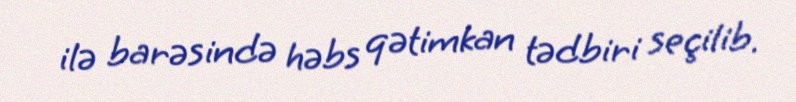
ilə barəsində həbs qətimkan tədbiri seçilib.